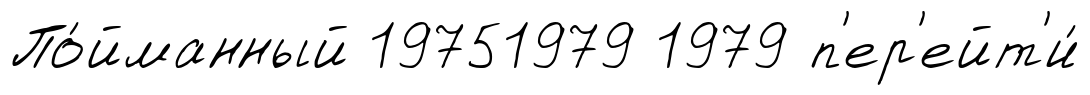
По́йманный 19751979 1979 п'ер'ейт'и́